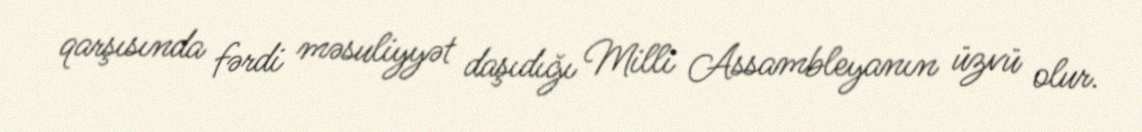
qarşısında fərdi məsuliyyət daşıdığı Milli Assambleyanın üzvü olur.